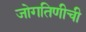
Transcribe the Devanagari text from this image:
जोगतिणीची